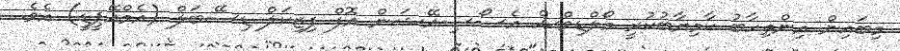
މިބައިން އިންތިހާބު ކާމިޔާބުކުރީ މޯލްޑިވްސް އެސޯސިއޭޝަން އޮފް ފިޒިކަލް ޑިސޭބަލް (އެމްއޭޕީޑީ) އެވެ.